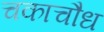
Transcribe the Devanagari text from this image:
चकाचौध